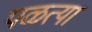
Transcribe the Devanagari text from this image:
पळत्या